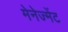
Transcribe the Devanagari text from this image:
मेनेज्मेंट